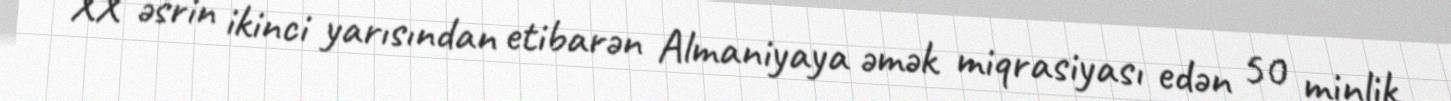
XX əsrin ikinci yarısından etibarən Almaniyaya əmək miqrasiyası edən 50 minlik